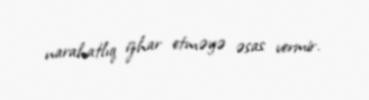
narahatlıq izhar etməyə əsas vermir.